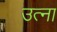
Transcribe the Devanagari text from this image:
उत्ना